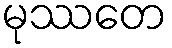
မုဿတေ